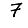
Digit: 7